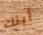
أبنك